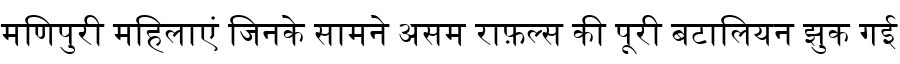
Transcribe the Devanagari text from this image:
मणिपुरी महिलाएं जिनके सामने असम राफ़ल्स की पूरी बटालियन झुक गई